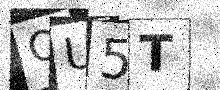
Text: OU5T